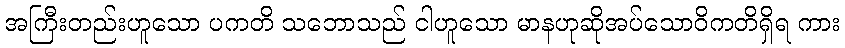
အကြီးတည်းဟူသော ပကတိ သဘောသည် ငါဟူသော မာနဟုဆိုအပ်သောဝိကတိရှိရ ကား